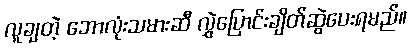
လူချတဲ့ ဘောလုံးသမားဆီ လွှဲပြောင်းချိတ်ဆွဲပေးရမည်။